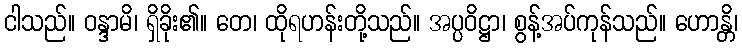
ငါသည်။ ဝန္ဒာမိ၊ ရှိခိုး၏။ တေ၊ ထိုရဟန်းတို့သည်။ အပ္ပဝိဋ္ဌာ၊ စွန့်အပ်ကုန်သည်။ ဟောန္တိ၊